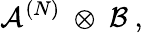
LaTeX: {\mathcal A}^{(N)}\ \otimes\ {\mathcal B}\ ,